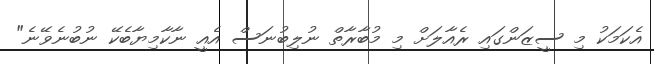
އެކަމަކު މި ސީޒަންގައި ރެއާލަށް މި މުބާރާތް ނުލިބުނަސް އެއީ ނާކާމިޔާބެކޭ ނުބުނެވޭނެ"